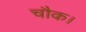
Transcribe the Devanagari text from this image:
चौक।